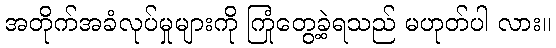
အတိုက်အခံလုပ်မှုများကို ကြုံတွေ့ခဲ့ရသည် မဟုတ်ပါ လား။